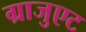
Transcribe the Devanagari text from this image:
ग्राजुएट